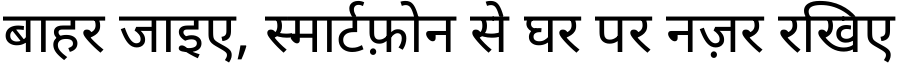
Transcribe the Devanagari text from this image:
बाहर जाइए, स्मार्टफ़ोन से घर पर नज़र रखिए